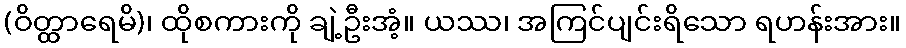
(ဝိတ္ထာရေမိ)၊ ထိုစကားကို ချဲ့ဦးအံ့။ ယဿ၊ အကြင်ပျင်းရိသော ရဟန်းအား။